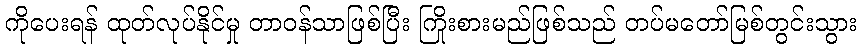
ကိုပေးရန် ထုတ်လုပ်နိုင်မှု တာဝန်သာဖြစ်ပြီး ကြိုးစားမည်ဖြစ်သည် တပ်မတော်မြစ်တွင်းသွား